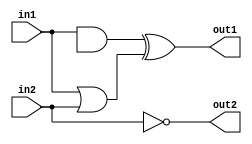
module dataflowmodel (out1, out2, in1, in2);
input in1, in2;
output out1, out2;

wire and_out, or_out;

assign and_out = in1 & int2;
assign or_out = in1 | in2;
assign out1 = and_out ^ or_out;
assign out2=~in2;
endmodule